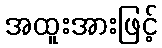
အထူးအားဖြင့်